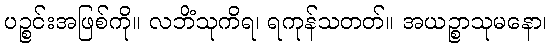
ပဉ္စင်းအဖြစ်ကို။ လဘိံသုကိရ၊ ရကုန်သတတ်။ အယဉ္စာသုမနော၊